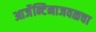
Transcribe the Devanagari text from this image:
आर्जेन्टिनाजवळचा